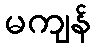
မကျန်